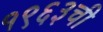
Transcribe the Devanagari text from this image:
१९६३ची